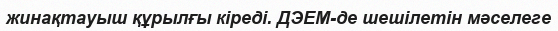
жинақтауыш құрылғы кіреді. ДЭЕМ-де шешілетін мәселеге